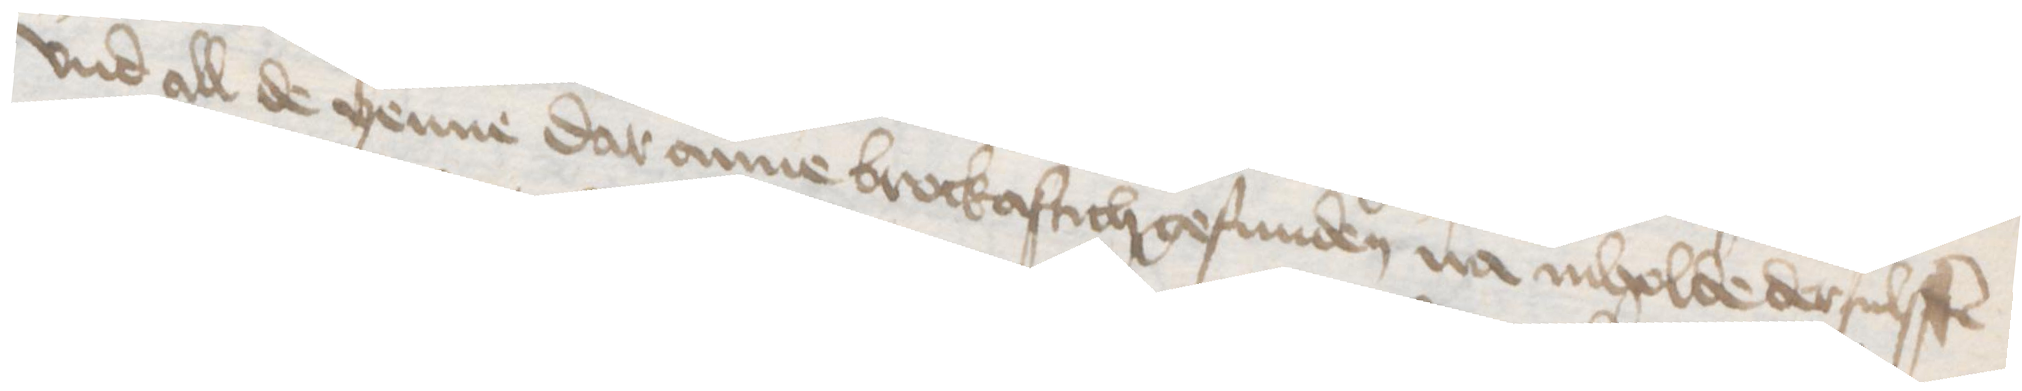
vnd all de yenne dar anne brockaftich gefunden na inholde dersulffen